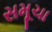
સમૂચા